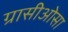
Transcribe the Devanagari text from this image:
ग्रासीओसा